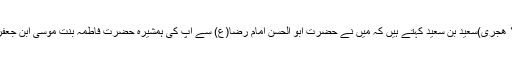
(عاملى، شیخ حر، وسائل‏الشیعه، ج ۱۴، ص ۵۷۶، ح ۹۴، مؤسسه آل البیت علیهم‏السلام، قم، ۱۴۰۹ هجرى)سعید بن سعید کہتے ہیں کہ میں نے حضرت ابو الحسن امام رضا(ع) سے آپ کی ہمشیرہ حضرت فاطمہ بنت موسٰی ابن جعفر(ع) کے متعلق دریافت کیا،تو آپ نے فرمایا:جو ان کی زیارت کرے گا اس کے لئے جنت ہے۔